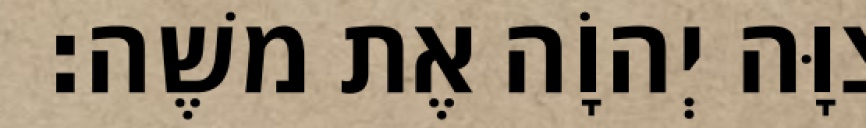
צִוָּה יְהוָֹה אֶת משֶׁה׃